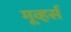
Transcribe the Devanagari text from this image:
मूव्हर्स